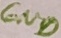
Text: CND